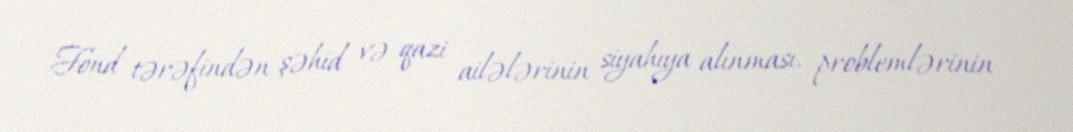
Fond tərəfindən şəhid və qazi ailələrinin siyahıya alınması, problemlərinin